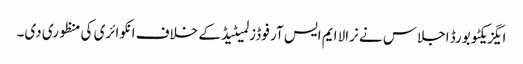
ایگزیکٹو بورڈ اجلاس نے نرالا ایم ایس آر فوڈز لمیٹیڈ کے خلاف انکوائری کی منظوری دی۔